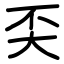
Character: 奀